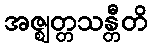
အဇ္ဈတ္တသန္တီတိ